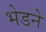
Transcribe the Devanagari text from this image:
भेडने